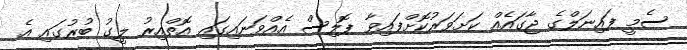
ސެމީ ފައިނަލްގެ ޖާގައެއް ކަށަވަރުކޮށްފައިވާ ޕޮލިސް އެއްވަނައިގައި އޮތްއިރު ލީގު ބުރުގައި އެ